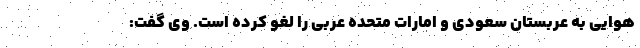
هوایی به عربستان سعودی و امارات متحده عربی را لغو کرده است. وی گفت: